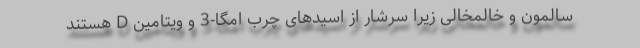
سالمون و خالمخالی زیرا سرشار از اسیدهای چرب امگا-3 و ویتامین D هستند